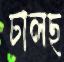
ঢালছ